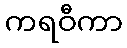
ကရဝီကာ